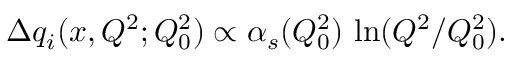
\Delta q _ { i } ( x , Q ^ { 2 } ; Q _ { 0 } ^ { 2 } ) \propto \alpha _ { s } ( Q _ { 0 } ^ { 2 } ) \, \ln ( Q ^ { 2 } / Q _ { 0 } ^ { 2 } ) .